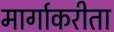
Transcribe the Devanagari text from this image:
मार्गाकरीता